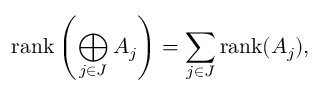
\operatorname { r a n k } \left( \bigoplus _ { j \in J } A _ { j } \right) = \sum _ { j \in J } \operatorname { r a n k } ( A _ { j } ) ,